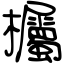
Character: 欘